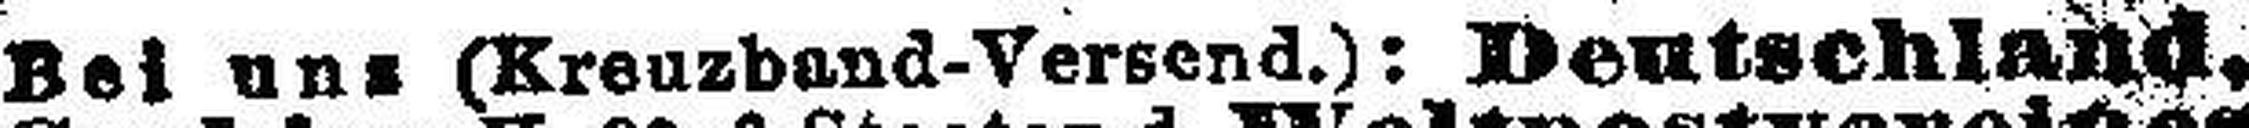
Bei uns (Kreuzband-Versend.): Deutschland.